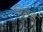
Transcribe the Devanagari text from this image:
दिमन